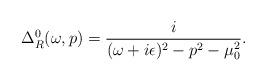
LaTeX: \begin{align*}\Delta_R^0(\omega,p) = \frac{i}{(\omega+i\epsilon)^2 - p^2 -\mu_0^2}.\end{align*}